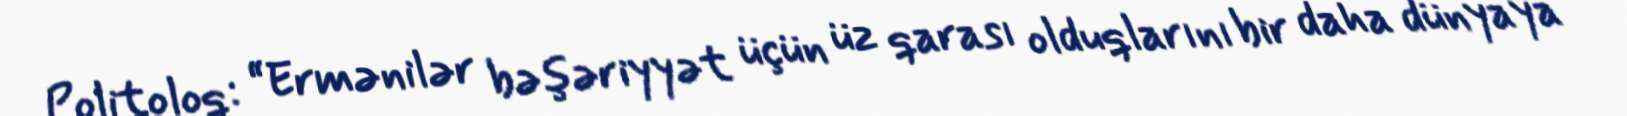
Politoloq: “Ermənilər bəşəriyyət üçün üz qarası olduqlarını bir daha dünyaya